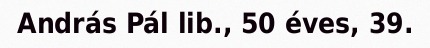
András Pál lib., 50 éves, 39.